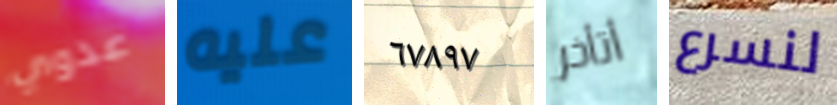
عدوي عليه ٦٧٨٩٧ أتأخر لنسرع